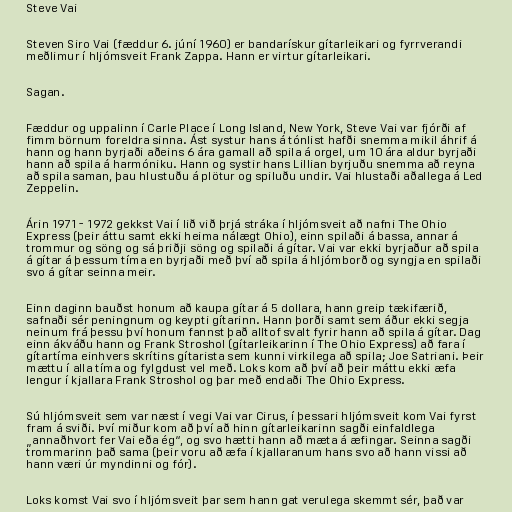
Steve Vai

Steven Siro Vai (fæddur 6. júní 1960) er bandarískur gítarleikari og fyrrverandi
meðlimur í hljómsveit Frank Zappa. Hann er virtur gítarleikari.

Sagan.

Fæddur og uppalinn í Carle Place í Long Island, New York, Steve Vai var fjórði af
fimm börnum foreldra sinna. Ást systur hans á tónlist hafði snemma mikil áhrif á
hann og hann byrjaði aðeins 6 ára gamall að spila á orgel, um 10 ára aldur byrjaði
hann að spila á harmóniku. Hann og systir hans Lillian byrjuðu snemma að reyna
að spila saman, þau hlustuðu á plötur og spiluðu undir. Vai hlustaði aðallega á Led
Zeppelin.

Árin 1971 - 1972 gekkst Vai í lið við þrjá stráka í hljómsveit að nafni The Ohio
Express (þeir áttu samt ekki heima nálægt Ohio), einn spilaði á bassa, annar á
trommur og söng og sá þriðji söng og spilaði á gítar. Vai var ekki byrjaður að spila
á gítar á þessum tíma en byrjaði með því að spila á hljómborð og syngja en spilaði
svo á gítar seinna meir.

Einn daginn bauðst honum að kaupa gítar á 5 dollara, hann greip tækifærið,
safnaði sér peningnum og keypti gítarinn. Hann þorði samt sem áður ekki segja
neinum frá þessu því honum fannst það alltof svalt fyrir hann að spila á gítar. Dag
einn ákváðu hann og Frank Stroshol (gítarleikarinn í The Ohio Express) að fara í
gítartíma einhvers skrítins gítarista sem kunni virkilega að spila; Joe Satriani. Þeir
mættu í alla tíma og fylgdust vel með. Loks kom að því að þeir máttu ekki æfa
lengur í kjallara Frank Stroshol og þar með endaði The Ohio Express.

Sú hljómsveit sem var næst í vegi Vai var Cirus, í þessari hljómsveit kom Vai fyrst
fram á sviði. Því miður kom að því að hinn gítarleikarinn sagði einfaldlega
„annaðhvort fer Vai eða ég“, og svo hætti hann að mæta á æfingar. Seinna sagði
trommarinn það sama (þeir voru að æfa í kjallaranum hans svo að hann vissi að
hann væri úr myndinni og fór).

Loks komst Vai svo í hljómsveit þar sem hann gat verulega skemmt sér, það var